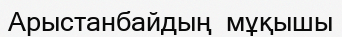
Арыстанбайдың  мұқышы